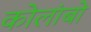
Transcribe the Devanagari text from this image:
कोलांबो